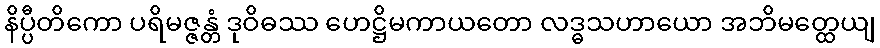
နိပ္ပီတိကော ပရိမဇ္ဇန္တံ ဒုဝိဓဿ ဟေဋ္ဌိမကာယတော လဒ္ဓသဟာယော အဘိမတ္ထေယျ